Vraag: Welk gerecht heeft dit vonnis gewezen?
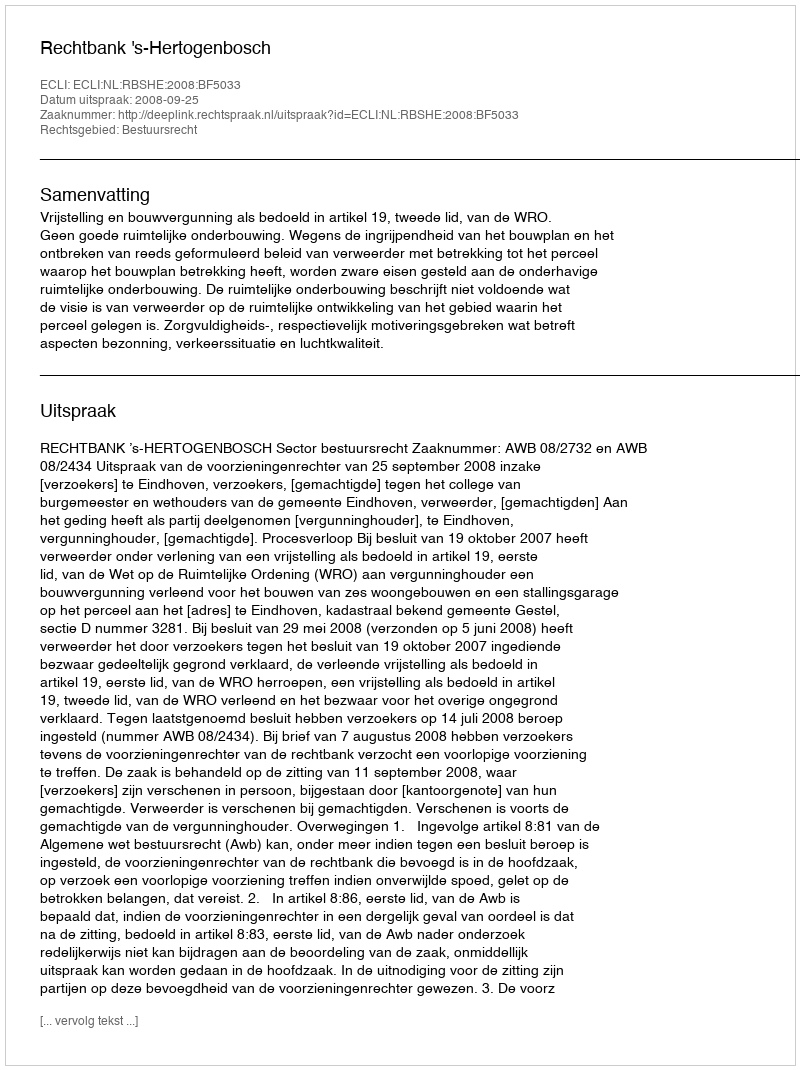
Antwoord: Rechtbank 's-Hertogenbosch